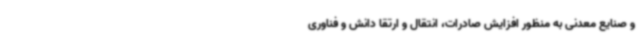
و صنایع معدنی به منظور افزایش صادرات، انتقال و ارتقا دانش و فناوری